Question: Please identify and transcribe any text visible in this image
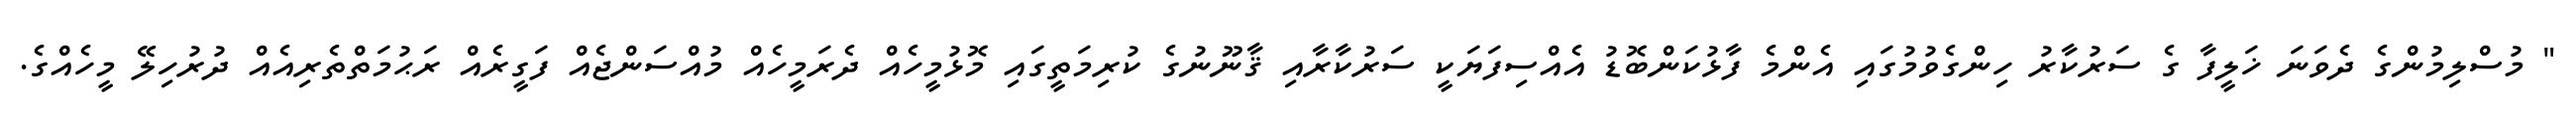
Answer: " މުސްލިމުންގެ ދެވަނަ ޚަލީފާ ގެ ސަރުކާރު ހިންގެވުމުގައި އެންމެ ފާޅުކަންބޮޑު އެއްސިފަޔަކީ ސަރުކާރާއި ޤާނޫނުގެ ކުރިމަތީގައި މޮޅުމީހެއް ދެރަމީހެއް މުއްސަންޖެއް ފަގީރެއް ރަޙުމަތްތެރިއެއް ދުރުހިލޭ މީހެއްގެ.